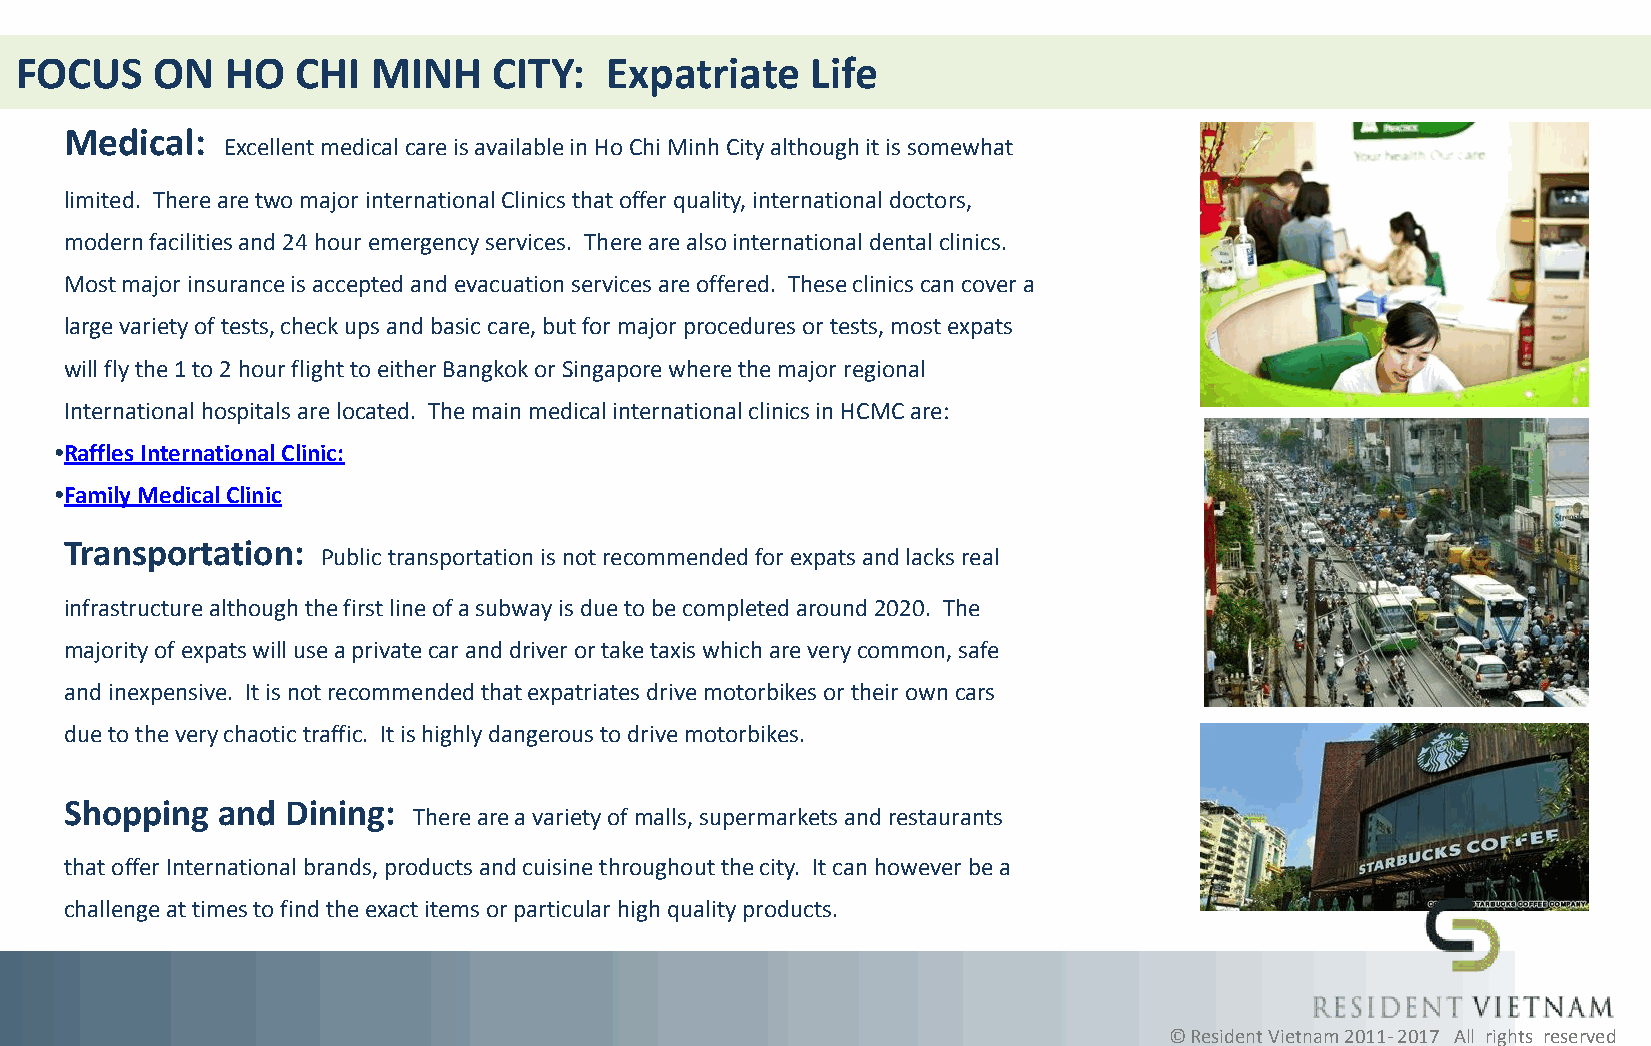
FOCUS    ON   HO   CHI  MINH    CITY:  Expatriate    Life
 Medical:
 Excellent medical care is available in Ho Chi Minh City although it is somewhat
 limited. There are two major international Clinics that offer quality, international doctors,
 modern facilities and 24 hour emergency services. There are also international dental clinics.
 Most major insurance is accepted and evacuation services are offered. These clinics can cover a
 large variety of tests, check ups and basic care, but for major procedures or tests, most expats
 will fly the 1 to 2 hour flight to either Bangkok or Singapore where the major regional
 International hospitals are located. The main medical international clinics in HCMC are:
 •Raffles International Clinic:
 •Family Medical Clinic
 Transportation:
 Public transportation is not recommended for expats and lacks real
 infrastructure although the first line of a subway is due to be completed around 2020. The
 majority of expats will use a private car and driver or take taxis which are very common, safe
 and inexpensive. It is not recommended that expatriates drive motorbikes or their own cars
 due to the very chaotic traffic. It is highly dangerous to drive motorbikes.
 Shopping  and  Dining:
 There are a variety of malls, supermarkets and restaurants
 that offer International brands, products and cuisine throughout the city. It can however be a
 challenge at times to find the exact items or particular high quality products.
 © Resident Vietnam 2011- 2017 All rights reserved